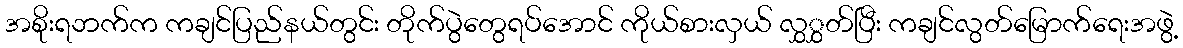
အစိုးရဘက်က ကချင်ပြည်နယ်တွင်း တိုက်ပွဲတွေရပ်အောင် ကိုယ်စားလှယ် လွှွှတ်ပြီး ကချင်လွတ်မြောက်ရေးအဖွဲ့